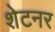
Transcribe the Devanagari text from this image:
शेटनर